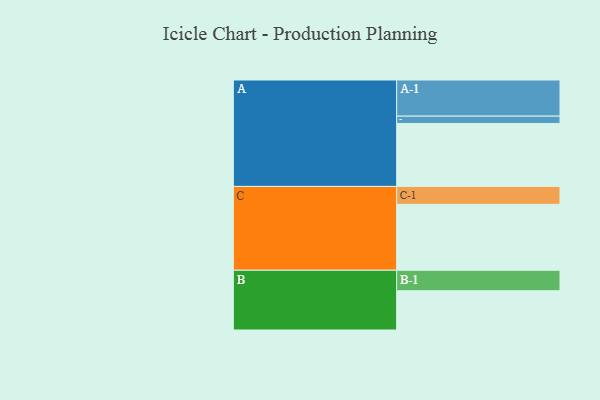
{"axis": {"x": "Segment", "y": "Value"}, "legend": ["", "A", "B", "C"], "data": [{"x": "A", "y": 507, "type": ""}, {"x": "B", "y": 316, "type": ""}, {"x": "C", "y": 531, "type": ""}, {"x": "A-1", "y": 291, "type": "A"}, {"x": "A-2", "y": 59, "type": "A"}, {"x": "B-1", "y": 165, "type": "B"}, {"x": "C-1", "y": 144, "type": "C"}]}